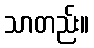
သာတည်း။